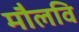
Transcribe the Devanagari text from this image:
मौलवि